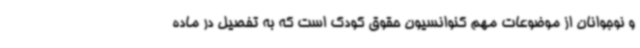
و نوجوانان از موضوعات مهم کنوانسیون حقوق کودک است که به تفصیل در ماده